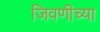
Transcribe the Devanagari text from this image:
जिवणीच्या